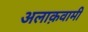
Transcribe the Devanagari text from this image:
अलाक़वामी